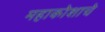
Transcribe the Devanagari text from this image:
महाकोशाचे